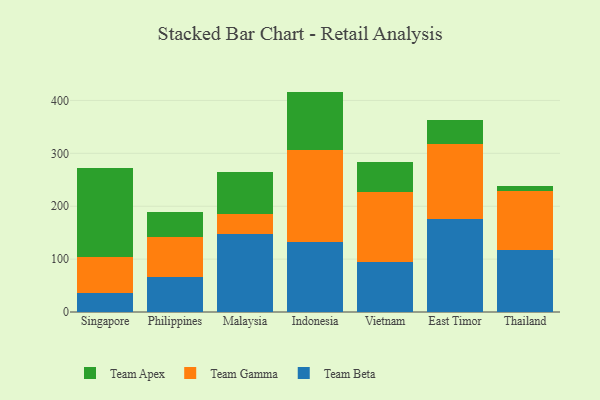
{"axis": {"x": "Country", "y": "Headcount"}, "legend": ["Team Apex", "Team Beta", "Team Gamma"], "data": [{"x": "Singapore", "y": 36.6, "type": "Team Beta"}, {"x": "Singapore", "y": 67.8, "type": "Team Gamma"}, {"x": "Singapore", "y": 168.5, "type": "Team Apex"}, {"x": "Philippines", "y": 66.4, "type": "Team Beta"}, {"x": "Philippines", "y": 74.8, "type": "Team Gamma"}, {"x": "Philippines", "y": 48.2, "type": "Team Apex"}, {"x": "Malaysia", "y": 147.3, "type": "Team Beta"}, {"x": "Malaysia", "y": 37.1, "type": "Team Gamma"}, {"x": "Malaysia", "y": 79.5, "type": "Team Apex"}, {"x": "Indonesia", "y": 132.4, "type": "Team Beta"}, {"x": "Indonesia", "y": 174.8, "type": "Team Gamma"}, {"x": "Indonesia", "y": 109.5, "type": "Team Apex"}, {"x": "Vietnam", "y": 94.3, "type": "Team Beta"}, {"x": "Vietnam", "y": 131.7, "type": "Team Gamma"}, {"x": "Vietnam", "y": 57.0, "type": "Team Apex"}, {"x": "East Timor", "y": 175.1, "type": "Team Beta"}, {"x": "East Timor", "y": 142.2, "type": "Team Gamma"}, {"x": "East Timor", "y": 45.9, "type": "Team Apex"}, {"x": "Thailand", "y": 116.9, "type": "Team Beta"}, {"x": "Thailand", "y": 111.8, "type": "Team Gamma"}, {"x": "Thailand", "y": 9.5, "type": "Team Apex"}]}